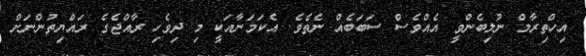
އިހްތިރާމް ނުލިބެންވީ އެއްވެސް ސަބަބެއް ނެތެވެ. އެކަމަނާއަކީ މި ދިވެހި ރާއްޖެގެ ރައްޔިތުންނަށް